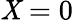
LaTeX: \mathit{X}=0